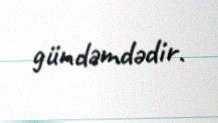
gündəmdədir.